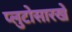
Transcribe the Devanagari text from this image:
प्लुटोसारखे